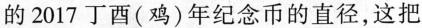
的2017丁酉(鸡)年纪念币的直径，这把